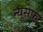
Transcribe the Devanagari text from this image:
न्यूसेफ़